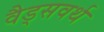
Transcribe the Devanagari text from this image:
वैड्सवर्थ